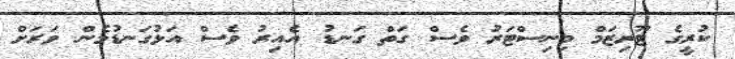
ކުރީގެ ޓޫރިޒަމް މިނިސްޓަރު ވެސް ގަތް ގަނޑު އެއިރު ވެސް އަޅުގަނޑުމެން ވަރަށް